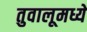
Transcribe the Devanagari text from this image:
तुवालूमध्ये